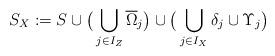
LaTeX: \begin{align*}S_X:=S\cup\big(\bigcup_{j\in I_Z}\overline\Omega_j\big)\cup\big(\bigcup_{j\in I_X}\delta_j\cup\Upsilon_j\big)\end{align*}